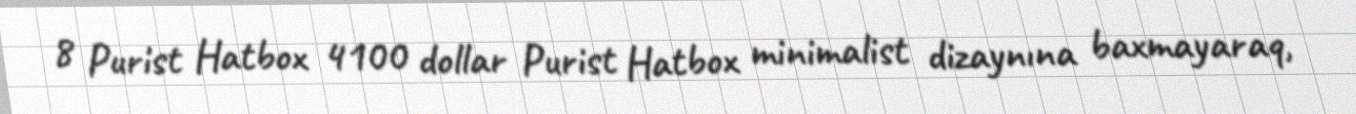
8 Purist Hatbox 4100 dollar Purist Hatbox minimalist dizaynına baxmayaraq,